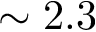
\sim 2 . 3